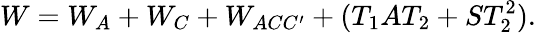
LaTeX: W=W_{A}+W_{C}+W_{ACC^{\prime}}+(T_{1}AT_{2}+ST_{2}^{2}).